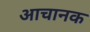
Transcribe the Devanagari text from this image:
आचानक